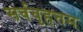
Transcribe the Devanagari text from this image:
सर्ववृहत्तम